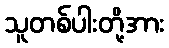
သူတစ်ပါးတို့အား